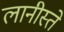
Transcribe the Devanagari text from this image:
लानीस्ते